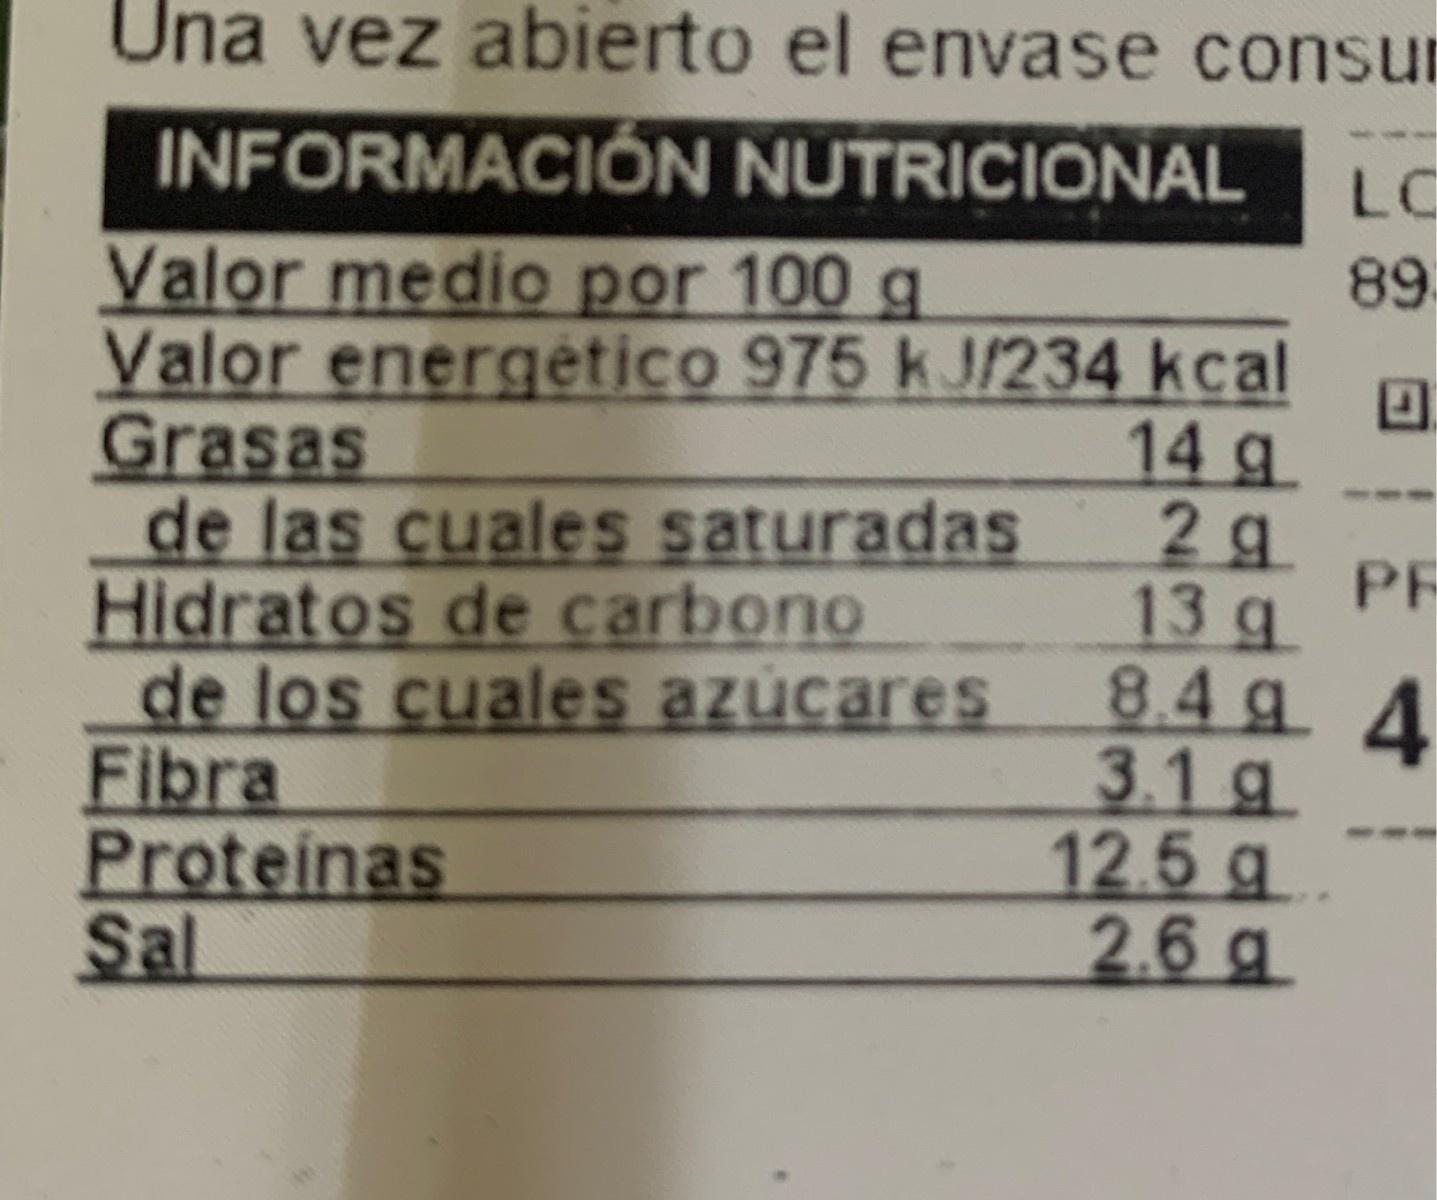
Una vez abierto el envase consur INFORMACIÓN NUTRICIONAL 89 LC Valor medio por 100 g Valor energético 975 k J/234 kcal 14 g Grasas de las cuales saturadas Hidratos de carbono de los cuales azúcares Fibra Proteinas Sal 2 g PR 13 g 8.4 g 4 3.1 g 12.5 g. 2.6 g